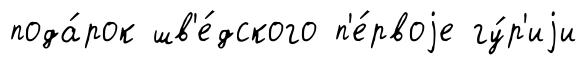
пода́рок шв'е́дского п'е́рвоjе гу́р'иjи